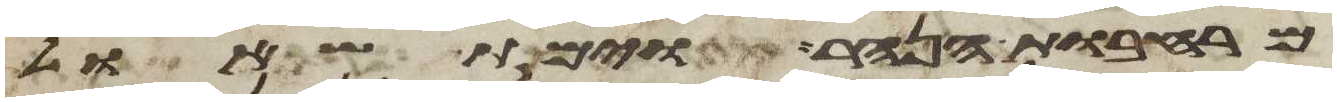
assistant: מרחבות הנהר וימת שאול